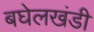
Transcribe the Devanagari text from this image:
बघेलखंडी